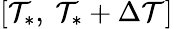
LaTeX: \left[{{\mathcal{T}}_{*}},\ {{\mathcal{T}}_{*}}+\Delta\mathcal{T}\right]